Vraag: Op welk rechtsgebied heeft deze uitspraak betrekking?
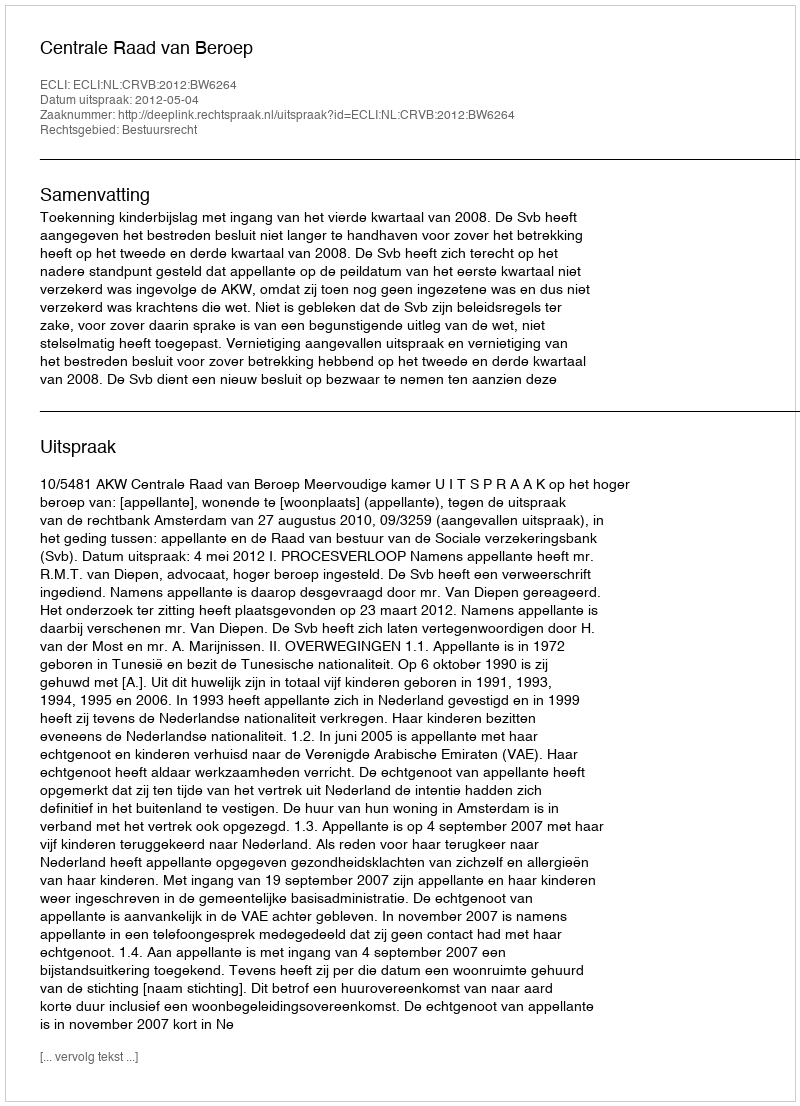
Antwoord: Bestuursrecht